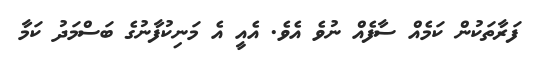
ފަރާތަކުން ކަމެއް ސާފެއް ނުވެ އެވެ. އެއީ އެ މަނިކުފާނުގެ ބަސްމަދު ކަމާ